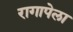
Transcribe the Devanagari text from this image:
रागापेला